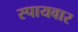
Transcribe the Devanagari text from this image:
स्पायवार